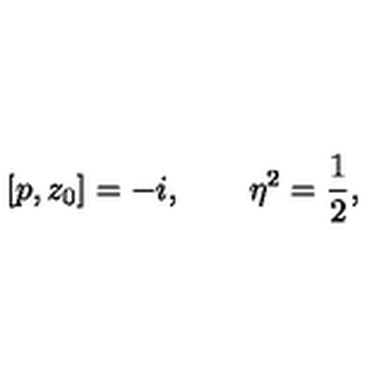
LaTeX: \left[ p , z _ { 0 } \right] = - i , \qquad \eta ^ { 2 } = \frac 1 2 ,